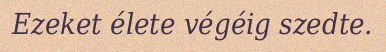
Ezeket élete végéig szedte.